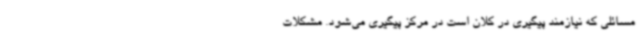
مسائلی که نیازمند پیگیری در کلان است در مرکز پیگیری می‌شود. مشکلات